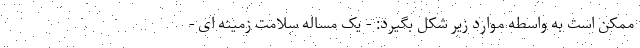
ممکن است به واسطه موارد زیر شکل بگیرد: - یک مساله سلامت زمینه ای -